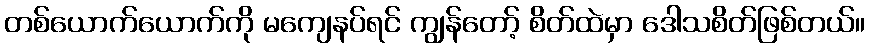
တစ်ယောက်ယောက်ကို မကျေနပ်ရင် ကျွန်တော့် စိတ်ထဲမှာ ဒေါသစိတ်ဖြစ်တယ်။